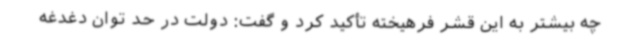
چه بیشتر به این قشر فرهیخته تأکید کرد و گفت: دولت در حد توان دغدغه